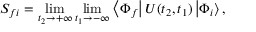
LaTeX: S _ { f i } = \operatorname* { l i m } _ { t _ { 2 } \rightarrow + \infty } \operatorname* { l i m } _ { t _ { 1 } \rightarrow - \infty } \left\langle \Phi _ { f } \right| U ( t _ { 2 } , t _ { 1 } ) \left| \Phi _ { i } \right\rangle ,